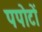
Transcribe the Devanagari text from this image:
पपोटों